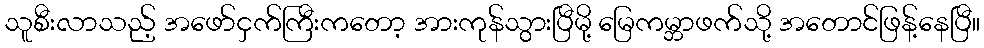
သူစီးလာသည့် အဖော်ငှက်ကြီးကတော့ အားကုန်သွားပြီမို့ မြေကမ္ဘာဖက်သို့ အတောင်ဖြန့်နေပြီ။